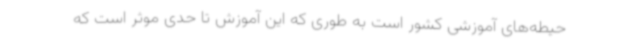
حیطه‌های آموزشی کشور است به طوری که این آموزش تا حدی موثر است که